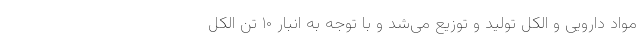
مواد دارویی و الکل تولید و توزیع می‌شد و با توجه به انبار ۱۰ تن الکل